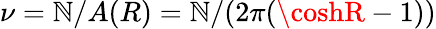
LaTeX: \nu=\mathbb{N}/A(R)=\mathbb{N}/(2\pi(\coshR-1))